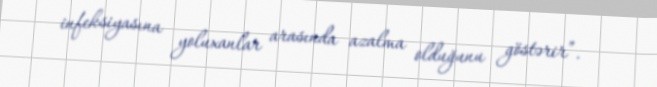
infeksiyasına yoluxanlar arasında azalma olduğunu göstərir”.